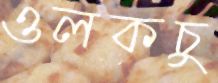
ওলকচু